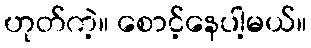
ဟုတ်ကဲ့။ စောင့်နေပါ့မယ်။